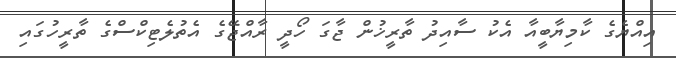
އިއްޔެގެ ކާމިޔާބީއާ އެކު ސާއިދު ތާރީޚުން ޖާގަ ހޯދީ ރާއްޖޭގެ އެތުލެޓިކްސްގެ ތާރީހުގައި